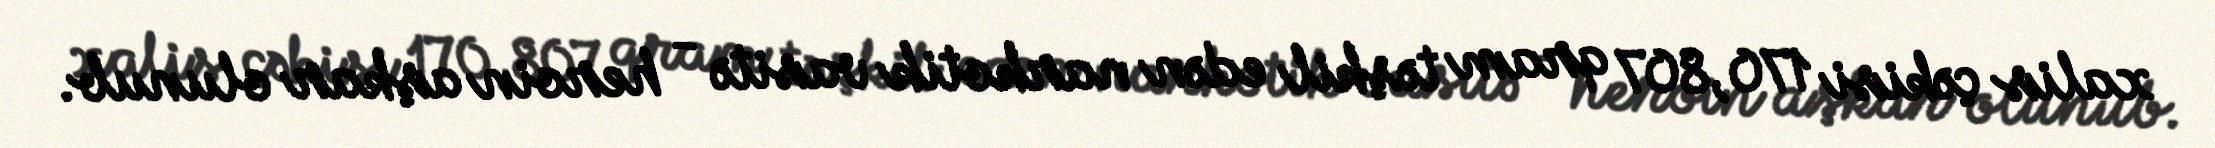
xalis çəkisi 170,807 qram təşkil edən narkotik vasitə - heroin aşkar olunub.